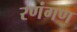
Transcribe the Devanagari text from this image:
रणंगण